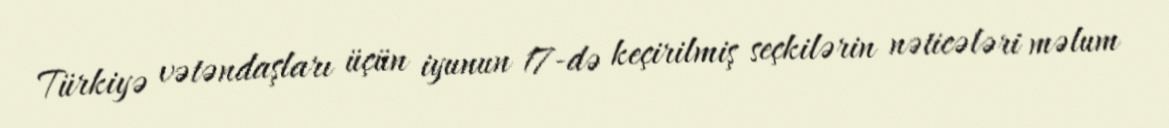
Türkiyə vətəndaşları üçün iyunun 17-də keçirilmiş seçkilərin nəticələri məlum